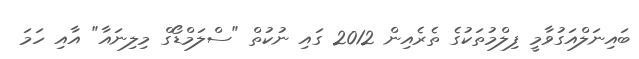
ބައިނަލްއަގުވާމީ ފިލްމުތަކުގެ ތެރެއިން 2012 ގައި ނުކުތް "ސްލަމްޑޯގް މިލިނައާ" އާއި ހަމަ